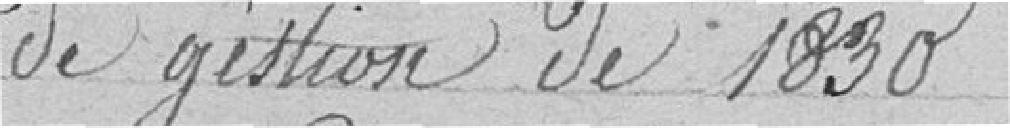
de gestion de 1830